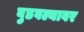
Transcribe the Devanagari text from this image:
बुडवल्यावर